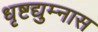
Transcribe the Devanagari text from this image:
धृष्टद्युम्नास